Report of the Indian Hemp Drugs Commission, 1894-1895 - Volume VII
Year: 1894
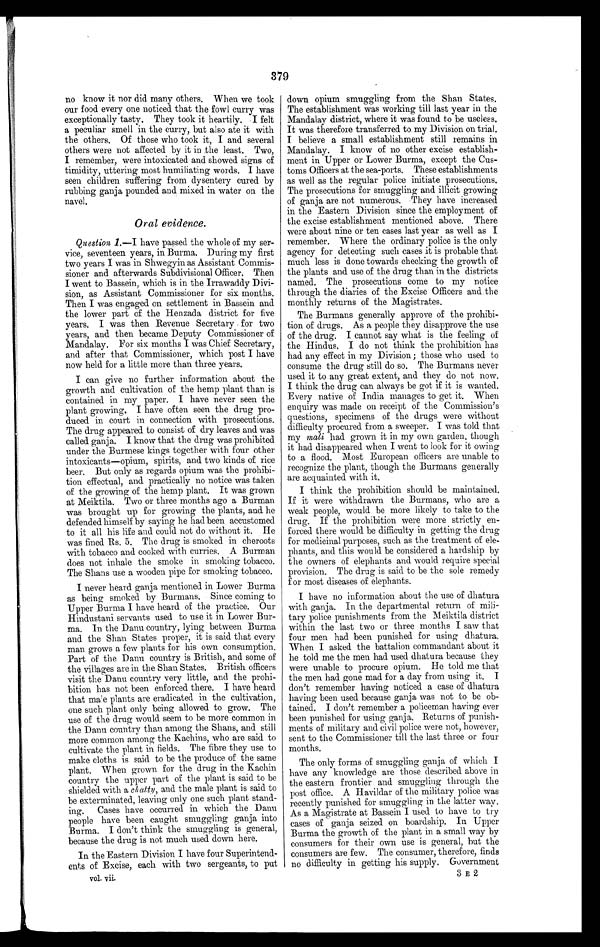
379
no know it nor did many others. When we took
our food every one noticed that the fowl curry was
exceptionally tasty. They took it heartily. I felt
a peculiar smell in the curry, but also ate it with
the others. Of those who took it, I and several
others were not affected by it in the least. Two,
I remember, were intoxicated and showed signs of
timidity, uttering most humiliating words. I have
seen children suffering from dysentery cured by
rubbing ganja pounded and mixed in water on the
navel.
Oral evidence.
Question 1.— I have passed the whole of my ser-
vice, seventeen years, in Burma. During my first
two years I was in Shwegyin as Assistant Commis-
sioner and afterwards Subdivisional Officer. Then
I went to Bassein, which is in the Irrawaddy Divi-
sion, as Assistant Commissioner for six months.
Then I was engaged on settlement in Bassein and
the lower part of the Henzada district for five
years. I was then Revenue Secretary for two
years, and then became Deputy Commissioner of
Mandalay. For six months I was Chief Secretary,
and after that Commissioner, which post I have
now held for a little more than three years.
I can give no further information about the
growth and cultivation of the hemp plant than is
contained in my paper. I have never seen the
plant growing. I have often seen the drug pro-
duced in court in connection with prosecutions.
The drug appeared to consist of dry leaves and was
called ganja. I know that the drug was prohibited
under the Burmese kings together with four other
intoxicants—opium, spirits, and two kinds of rice
beer. But only as regards opium was the prohibi-
tion effectual, and practically no notice was taken
of the growing of the hemp plant. It was grown
at Meiktila. Two or three months ago a Burman
was brought up for growing the plants, and he
defended himself by saying he had been accustomed
to it all his life and could not do without it. He
was fined Rs. 5. The drug is smoked in cheroots
with tobacco and cooked with curries. A Burman
does not inhale the smoke in smoking tobacco.
The Shans use a wooden pipe for smoking tobacco.
I never heard ganja mentioned in Lower Burma
as being smoked by Burmans. Since coming to
Upper Burma I have heard of the practice. Our
Hindustani servants used to use it in Lower Bur-
ma. In the Danu country, lying between Burma
and the Shan States proper, it is said that every
man grows a few plants for his own consumption.
Part of the Danu country is British, and some of
the villages are in the Shan States. British officers
visit the Danu country very little, and the prohi-
bition has not been enforced there. I have heard
that male plants are eradicated in the cultivation,
one such plant only being allowed to grow. The
use of the drug would seem to be more common in
the Danu country than among the Shans, and still
more common among the Kachins, who are said to
cultivate the plant in fields. The fibre they use to
make cloths is said to be the produce of the same
plant. When grown for the drug in the Kachin
country the upper part of the plant is said to be
shielded with a chatty, and the male plant is said to
be exterminated, leaving only one such plant stand-
ing. Cases have occurred in which the Danu
people have been caught smuggling ganja into
Burma. I don't think the smuggling is general,
because the drug is not much used down here.
In the Eastern Division I have four Superintend-
ents of Excise, each with two sergeants, to put
vol. vii.
down opium smuggling from the Shan States.
The establishment was working till last year in the
Mandalay district, where it was found to be useless.
It was therefore transferred to my Division on trial.
I believe a small establishment still remains in
Mandalay. I know of no other excise establish-
ment in Upper or Lower Burma, except the Cus-
toms Officers at the sea-ports. These establishments
as well as the regular police initiate prosecutions.
The prosecutions for smuggling and illicit growing
of ganja are not numerous. •They have increased
in the Eastern Division since the employment of
the excise establishment mentioned above. There
were about nine or ten cases last year as well as I
remember. Where the ordinary police is the only
agency for detecting such cases it is probable that
much less is done towards checking the growth of
the plants and use of the drug than in the districts
named. The prosecutions come to my notice
through the diaries of the Excise Officers and the
monthly returns of the Magistrates.
The Burmans generally approve of the prohibi-
tion of drugs. As a people they disapprove the use
of the drug. I cannot say what is the feeling of
the Hindus. I do not think the prohibition has
had any effect in my Division; those who used to
consume the drug still do so. The Burmans never
used it to any great extent, and they do not now.
I think the drug can always be got if it is wanted.
Every native of India manages to get it. When.
enquiry was made on receipt of the Commission's
questions, specimens of the drugs were without
difficulty procured from a sweeper. I was told that
my mali had grown it in my own garden, though
it had disappeared when I went to look for it owing
to a flood. Most European officers are unable to
recognize the plant, though the Burmans generally
are acquainted with it.
I think the prohibition should be maintained.
If it were withdrawn the Burmans, who are a
weak people, would be more likely to take to the
drug. If the prohibition were more strictly en-
forced there would be difficulty in getting the drug
for medicinal purposes, such as the treatment of ele-
phants, and this would be considered a hardship by
the owners of elephants and would require special
provision. The drug is said to be the sole remedy
for most diseases of elephants.
I have no information about the use of dhatura,
with ganja. In the departmental return of mili-
tary police punishments from the Meiktila district
within the last two or three months I saw that
four men had been punished for using dhatura.
When I asked the battalion commandant about it
he told me the men had used dhatura because they
were unable to procure opium. He told me that
the men had gone mad for a day from using it. I
don't remember having noticed a case of dhatura
having been used because ganja was not to be ob-
tained. I don't remember a policeman having ever
been punished for using ganja. Returns of punish-
ments of military and civil police were not, however,
sent to the Commissioner till the last three or four
months.
The only forms of smuggling ganja of which I
have any knowledge are those described above in
the eastern frontier and smuggling through the
post office. A Havildar of the military police was
recently punished for smuggling in the latter way.
As a Magistrate at Bassein I used to have to try
cases of ganja seized on boardship. In Upper
Burma the growth of the plant in a small way by
consumers for their own use is general, but the
consumers are few. The consumer, therefore, finds
no difficulty in getting his supply. Government
3 E 2